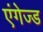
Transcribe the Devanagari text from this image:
एंगेज्ड